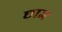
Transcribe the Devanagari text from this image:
छाज